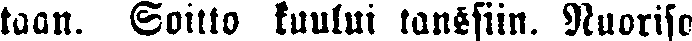
taan. Soitto kuului tanssiin. Nuoriso